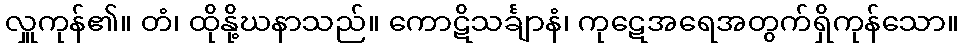
လှူကုန်၏။ တံ၊ ထိုနို့ဃနာသည်။ ကောဋိသင်္ချာနံ၊ ကုဋေအရေအတွက်ရှိကုန်သော။